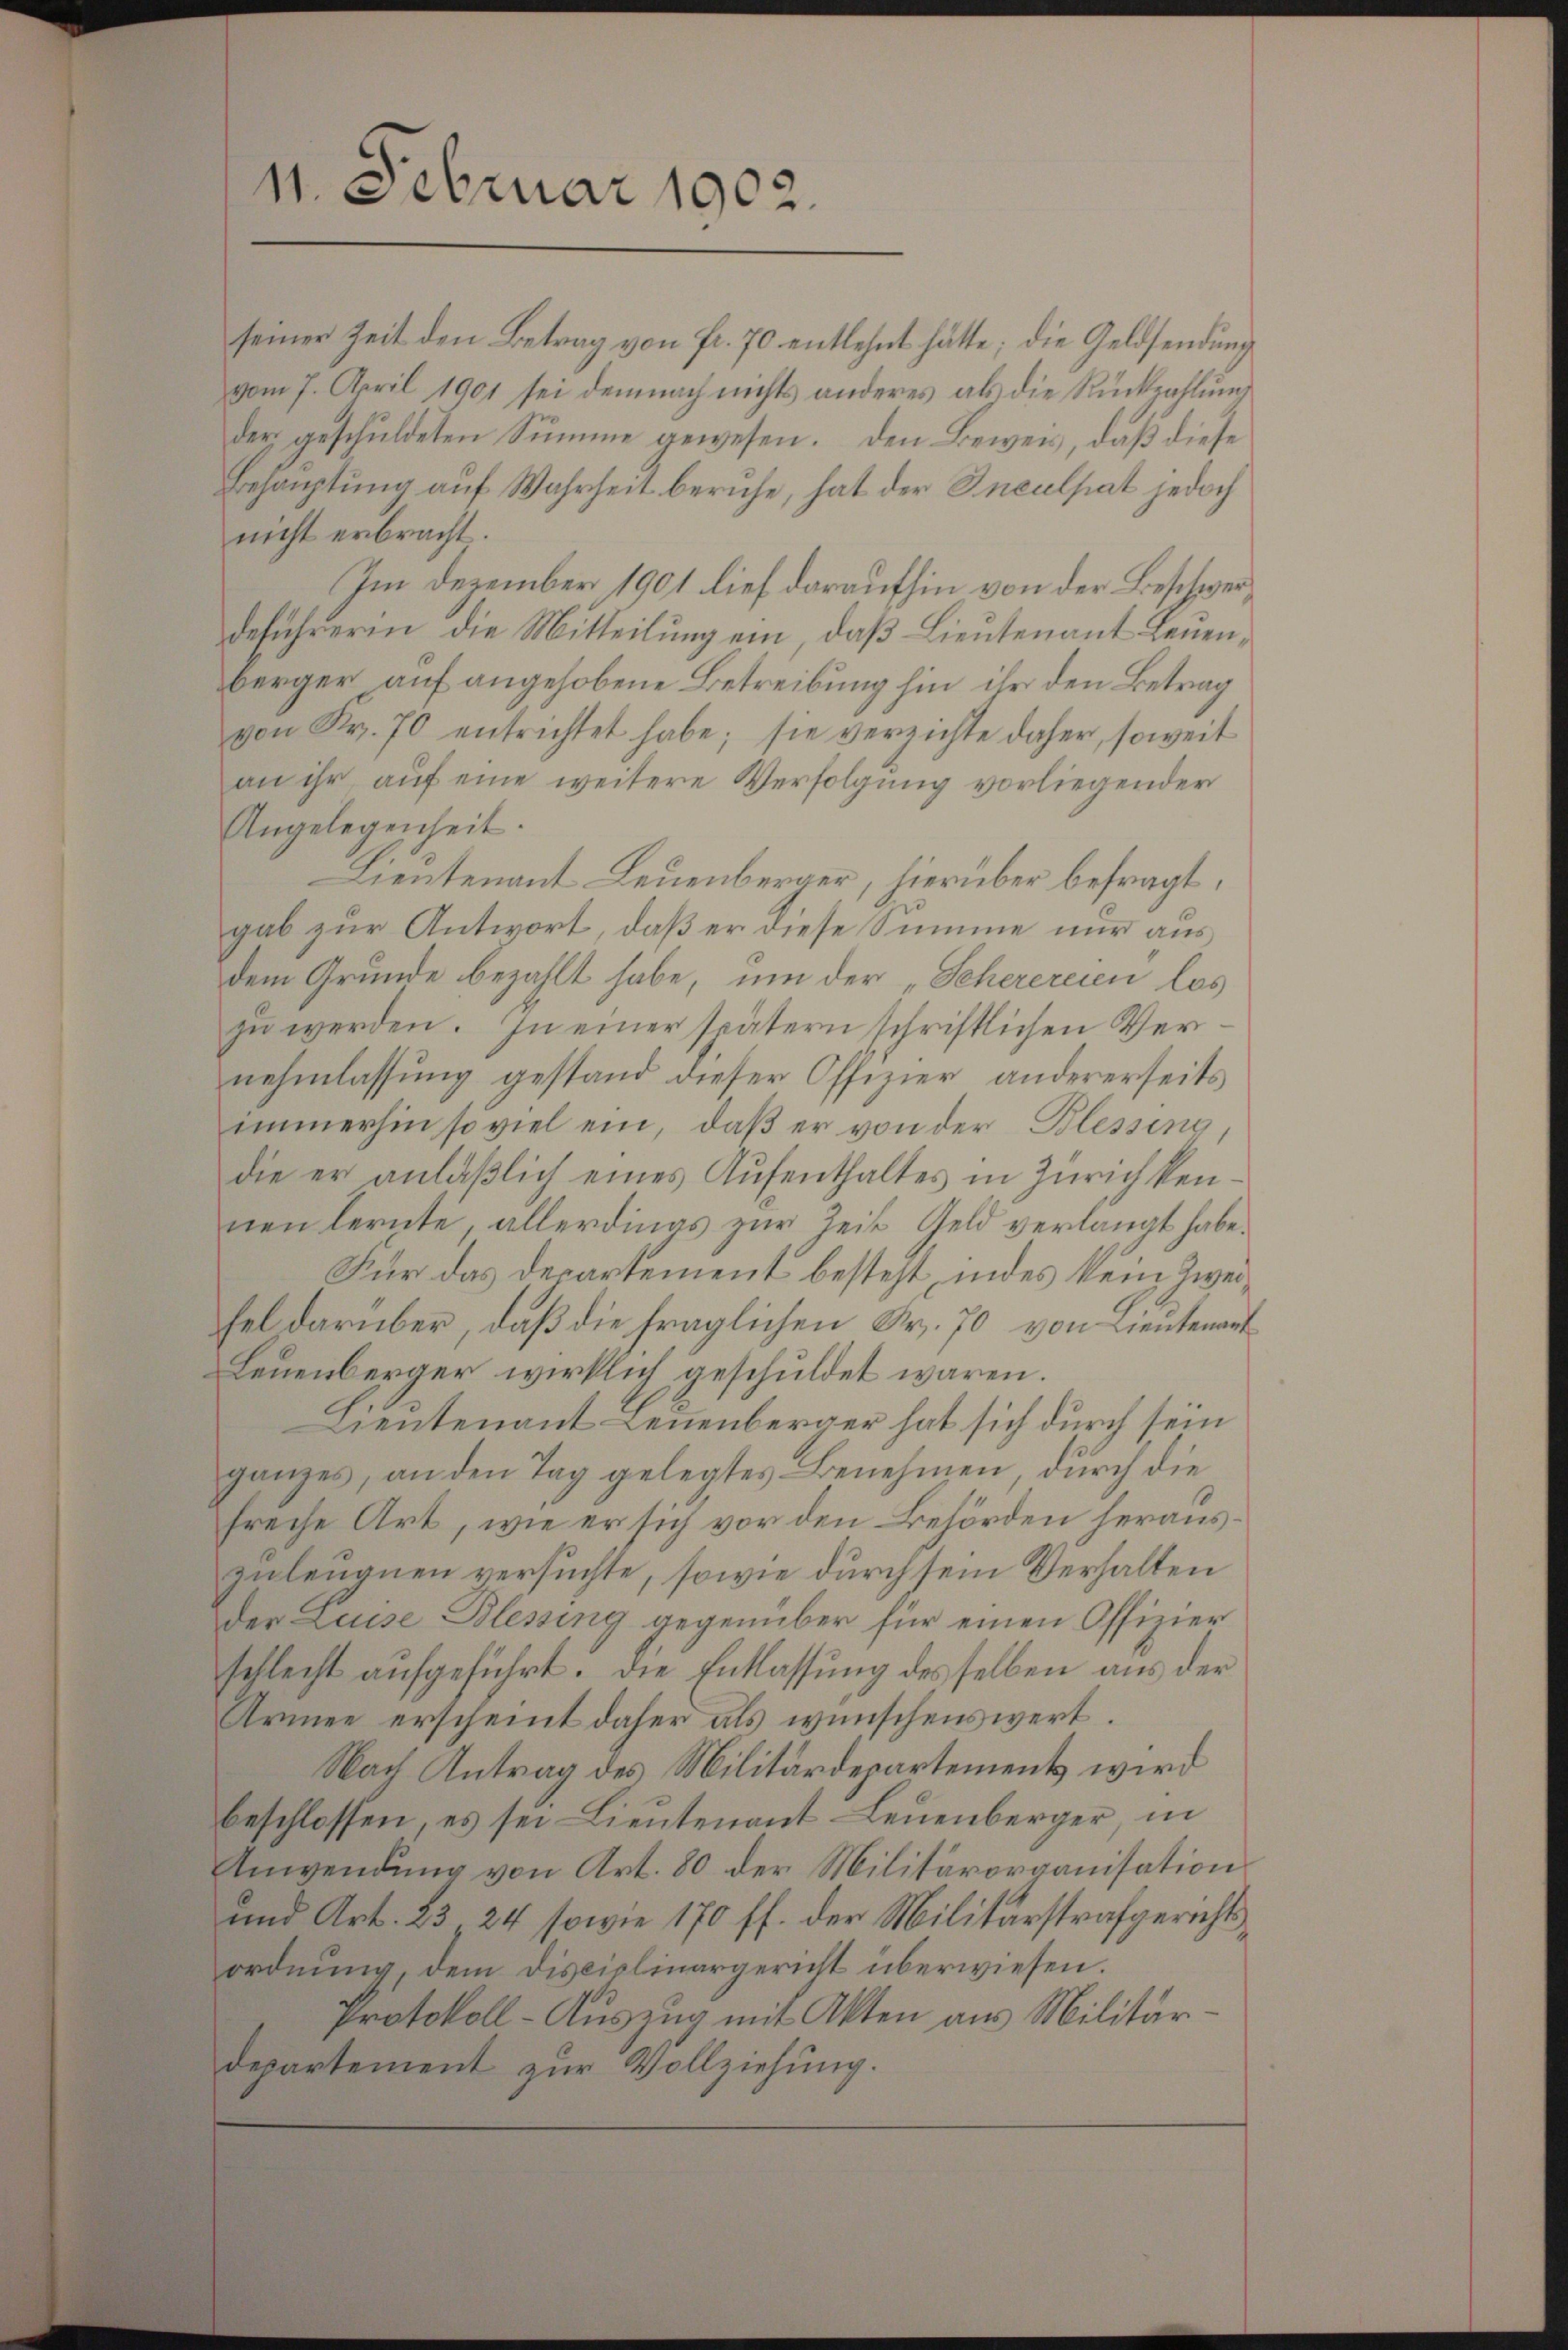
11. Februar 1902.

seiner Zeit den Betrag von fr. 70 entlehnt hätte; die Geldsendung
vom 7. April 1901 sei demnach nichts anderes als die Rückzahlŭng
der geschuldeten Summe gewesen. Den Beweis, daß diese
Behauptung auf Wahrheit beruhe, hat der Inculpat jedoch
nicht erbracht.
Im Dezember 1901 lief daraufhin von der Beschwerdeführeren die Mitteilung ein, daß Lieutenant Leuenberger auf angehobene Betreibung hin ihr den Betrag
von Fr. 70 entrichtet habe; sie verzichte daher, soweit
an ihr aŭf eine weitere Verfolgŭng vorliegender
Angelegenheit.
Lieutenant Leuenberger, hierüber befragt,
gab zur Antwort, daß er diese Summe nur aus
dem Grunde bezahlt habe, um der „Scherereien los
zu werden. In einer spätern schriftlichen Vernehmlassung gestand dieser Offizier andererseits
immerhin so viel ein, daβ er von der Blessing
die er anläßlich eines Aufenthaltes in Zürich kennen lernte, allerdings zur Zeit Geld verlangt habe.
Für das Departement besteht, indes kein Zweifel darüber, daß die fraglichen Fr. 70 von Lieutenart
Leuenberger wirklich geschuldet waren.
Lieutenant Leuenberger hat sich durch sein
ganzes, an den Tag gelegtes Benehmen, durch die
freche Art, wie er sich vor den Behörden herauszuleugnen versuchte, sowie durch sein Verhalten
der Luise Blessing gegenüber für einen Offizier
schlecht aufgeführt. Die Entlassung desselben aus der
Armee erscheint daher als wünschenswert.
Nach Antrag des Militärdepartements wird
beschlossen, es sei Lieŭtenant Leuenberger, in
Anwendung von Art. 80 der Militärorganisation
und Art. 23 24 sowie 170 ff. der Militärstrafgerichtsordnung, dem Disciolinargericht überwiesen.
Protokoll-Auszug mit Akten aus Militärdepartement zur Vollziehung.